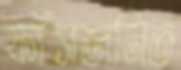
ফাঁসজনিত